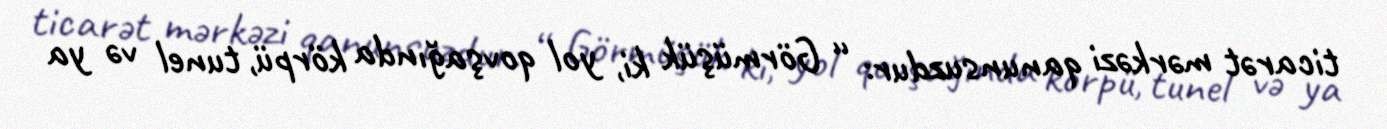
ticarət mərkəzi qanunsuzdur: “ Görmüşük ki, yol qovşağında körpü, tunel və ya